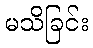
မသိခြင်း